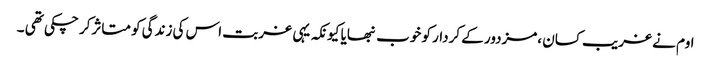
اوم نے غریب کسان ،مزدور کے کردار کو خوب نبھایا کیونکہ یہی غربت اس کی زندگی کو متاثرکر چکی تھی ۔